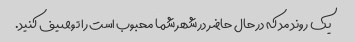
یک روند مد که در حال حاضر در شهر شما محبوب است را توصیف کنید.